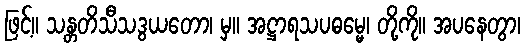
ဖြင့်။ သန္တတိသီသဒွယတော၊ မှ။ အဋ္ဌာရသပဓမ္မေ၊ တို့ကို။ အပနေတွာ၊